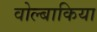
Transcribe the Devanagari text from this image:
वोल्बाकिया